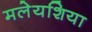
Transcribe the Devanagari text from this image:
मलेयशिया